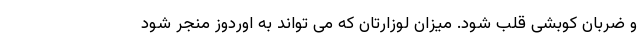
و ضربان کوبشی قلب شود. میزان لوزارتان که می تواند به اوردوز منجر شود